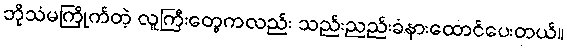
ဘိုသံမကြိုက်တဲ့ လူကြီးတွေကလည်း သည်းညည်းခံနားထောင်ပေးတယ်။